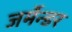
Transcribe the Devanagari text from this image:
जर्मेन्डर